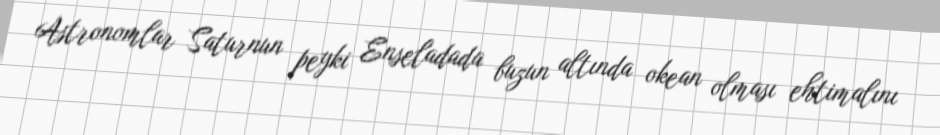
Astronomlar Saturnun peyki Enseladada buzun altında okean olması ehtimalını